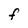
Character: F